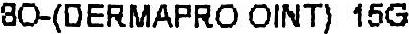
8O-(DERMAPRO OINT) 15G